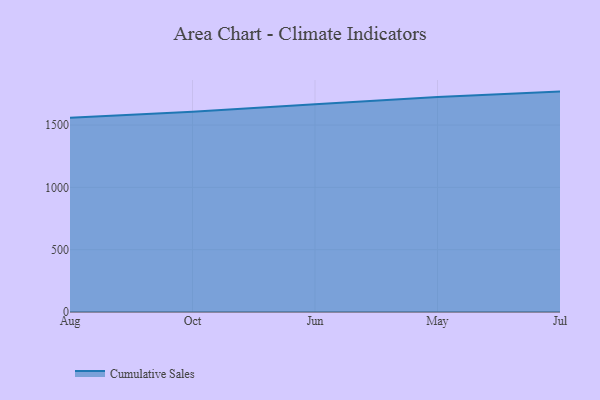
{"axis": {"x": "Month", "y": "Revenue (USD Million)"}, "legend": ["Cumulative Sales"], "data": [{"x": "Aug", "y": 1559.3, "type": "Cumulative Sales"}, {"x": "Oct", "y": 1606.6, "type": "Cumulative Sales"}, {"x": "Jun", "y": 1667.1, "type": "Cumulative Sales"}, {"x": "May", "y": 1724.1, "type": "Cumulative Sales"}, {"x": "Jul", "y": 1768.4, "type": "Cumulative Sales"}]}